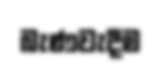
බැණවැදීම